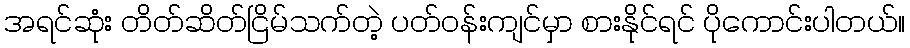
အရင်ဆုံး တိတ်ဆိတ်ငြိမ်သက်တဲ့ ပတ်ဝန်းကျင်မှာ စားနိုင်ရင် ပိုကောင်းပါတယ်။